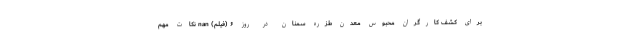
برای کشف کارگران محبوس معدن طزره سمنان در روز ۶ (فیلم) nan نکات مهم